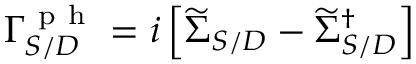
\Gamma _ { S / D } ^ { \mathrm { ~ p ~ h ~ } } = i \left[ \widetilde { \Sigma } _ { S / D } - \widetilde { \Sigma } _ { S / D } ^ { \dagger } \right]